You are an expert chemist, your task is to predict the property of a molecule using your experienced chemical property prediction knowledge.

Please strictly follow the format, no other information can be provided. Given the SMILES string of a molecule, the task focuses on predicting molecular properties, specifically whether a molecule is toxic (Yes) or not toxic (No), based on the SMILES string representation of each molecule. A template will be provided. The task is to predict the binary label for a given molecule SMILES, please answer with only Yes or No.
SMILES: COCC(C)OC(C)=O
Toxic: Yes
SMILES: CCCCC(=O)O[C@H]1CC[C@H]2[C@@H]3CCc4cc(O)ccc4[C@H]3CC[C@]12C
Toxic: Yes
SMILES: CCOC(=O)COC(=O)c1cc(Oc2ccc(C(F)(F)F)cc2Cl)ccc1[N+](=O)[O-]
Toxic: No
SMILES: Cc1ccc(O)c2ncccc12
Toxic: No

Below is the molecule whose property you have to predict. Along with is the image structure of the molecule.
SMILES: CNC1=Nc2ccc(Cl)cc2C(c2ccccc2)=[N+]([O-])C1
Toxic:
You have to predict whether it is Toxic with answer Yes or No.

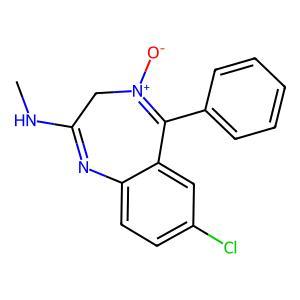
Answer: No